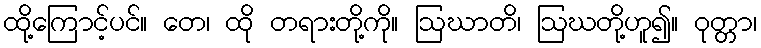
ထို့ကြောင့်ပင်။ တေ၊ ထို တရားတို့ကို။ ဩဃာတိ၊ ဩဃတို့ဟူ၍။ ဝုတ္တာ၊